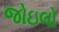
જોઇલો